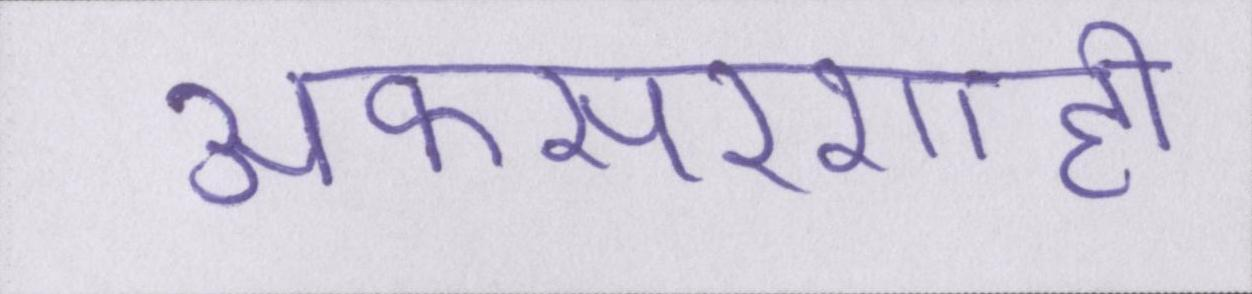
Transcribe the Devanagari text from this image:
अफसरशाही